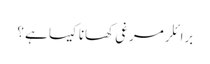
برائلر مرغی کھانا کیسا ہے ؟